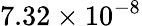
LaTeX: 7.32\times 10^{-8}